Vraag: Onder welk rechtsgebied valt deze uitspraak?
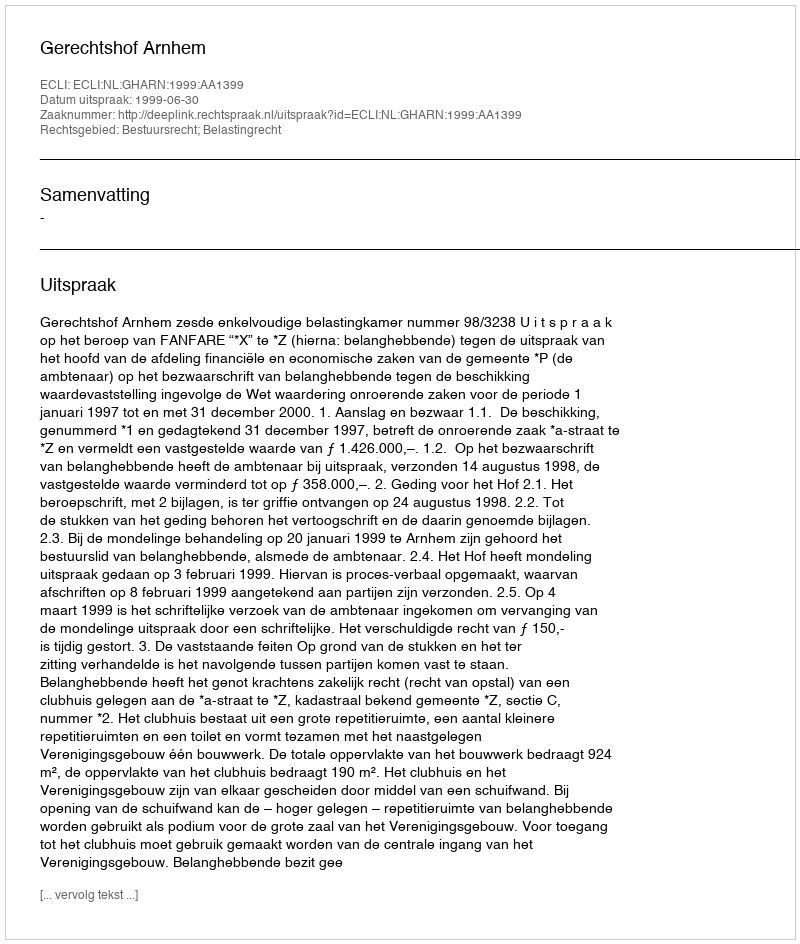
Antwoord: Bestuursrecht; Belastingrecht